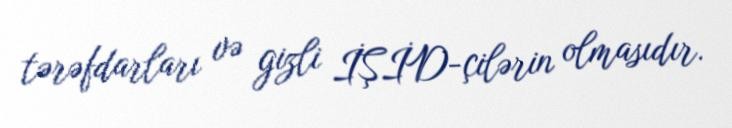
tərəfdarları və gizli İŞİD-çilərin olmasıdır.